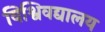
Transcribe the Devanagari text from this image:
विश्विवद्यालय